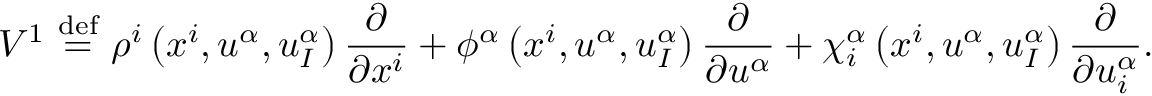
V ^ { 1 } \ { \stackrel { \mathrm { d e f } } { = } } \ \rho ^ { i } \left( x ^ { i } , u ^ { \alpha } , u _ { I } ^ { \alpha } \right) { \frac { \partial } { \partial x ^ { i } } } + \phi ^ { \alpha } \left( x ^ { i } , u ^ { \alpha } , u _ { I } ^ { \alpha } \right) { \frac { \partial } { \partial u ^ { \alpha } } } + \chi _ { i } ^ { \alpha } \left( x ^ { i } , u ^ { \alpha } , u _ { I } ^ { \alpha } \right) { \frac { \partial } { \partial u _ { i } ^ { \alpha } } } .